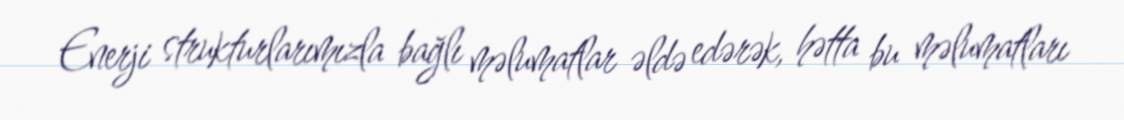
Enerji strukturlarımızla bağlı məlumatlar əldə edərək, hətta bu məlumatları